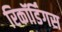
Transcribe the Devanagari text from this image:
रिकॉर्डिंगस